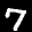
Label: 7